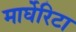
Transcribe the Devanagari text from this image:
मार्घेरिटा